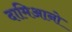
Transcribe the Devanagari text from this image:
दामिआनो